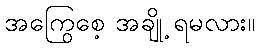
အကြွေစေ့ အချို့ ရမလား။